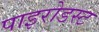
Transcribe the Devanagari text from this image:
पाइरोडस्ट